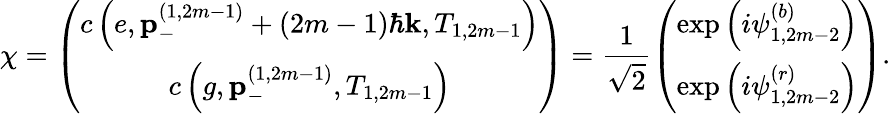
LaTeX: \chi=\left(\begin{array}{c}{c\left(e,\mathbf{p}_{-}^{\left(1,2m-1\right)}+\left(2m-1\right)\hbar\mathbf{k},T_{1,2m-1}\right)}\\ {c\left(g,\mathbf{p}_{-}^{\left(1,2m-1\right)},T_{1,2m-1}\right)}\end{array}\right)=\frac{1}{\sqrt{2}}\left(\begin{array}{c}{\exp\left(i\psi_{1,2m-2}^{\left(b\right)}\right)}\\ {\exp\left(i\psi_{1,2m-2}^{\left(r\right)}\right)}\end{array}\right).